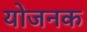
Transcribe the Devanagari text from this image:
योजनक